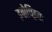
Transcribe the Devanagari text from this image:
इवोच्छ्रितः